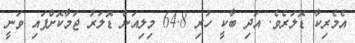
އެމެރިކާ ޑޮލަރެެވެ. އަދި ބާކީ ހުރި 64.8 މިލިއަން ޑޮލަރު ޖަމާކޮށްފައި ވަނީ